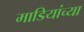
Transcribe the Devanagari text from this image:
माडियांच्या